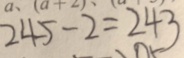
2 4 5 - 2 = 2 4 3